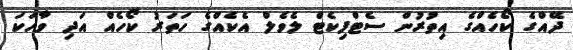
ދޭއްގެ ކޯހެއްގެ އިތުރުން ސެޓްފިކެޓް ލެވެލް އެކެއްގެ ހަތަރު ކޯހެއް އަދި ވާހަކަ